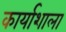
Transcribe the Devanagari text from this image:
कार्याशाला